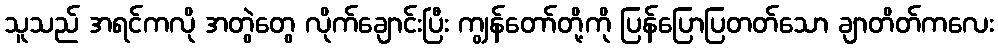
သူသည် အရင်ကလို အတွဲတွေ လိုက်ချောင်းပြီး ကျွန်တော်တို့ကို ပြန်ပြောပြတတ်သော ချာတိတ်ကလေး